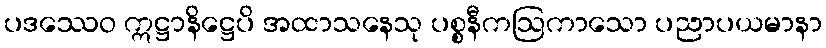
ပဒဿေဝ ဣဋ္ဌာနိဋ္ဌေပိ အထာသနေသု ပစ္စနီကဩကာသော ပညာပယမာနာ